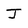
Character: J